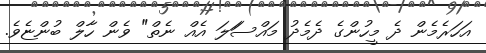
އަހަރެމެން ދެ މީހުންގެ ދެމެދު މައްސަަލަ އެއް ނެތް" ވެން ހާލް ބުންޏެވެ.